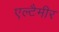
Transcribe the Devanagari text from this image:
एल्टैमीर